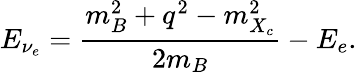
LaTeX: E_{\nu_{e}}=\frac{m_{B}^{2}+q^{2}-m_{X_{c}}^{2}}{2m_{B}}-E_{e}.